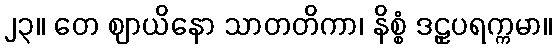
၂၃။ တေ ဈာယိနော သာတတိကာ၊ နိစ္စံ ဒဠှပရက္ကမာ။